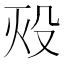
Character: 𬆡